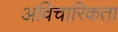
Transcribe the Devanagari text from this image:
अविचारिकता